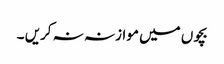
بچوں میں موازنہ نہ کریں ۔